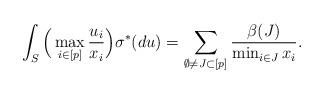
LaTeX: \begin{align*}\int_{S} \Big(\max_{i\in [p]} \frac{u_i}{x_i} \Big) \sigma^*(du) = \sum_{\emptyset \neq J\subset [p]} \frac{\beta(J)}{\min_{i\in J} x_i}.\end{align*}